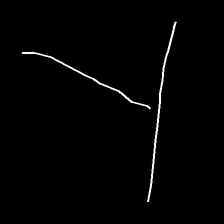
Glyph: column